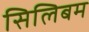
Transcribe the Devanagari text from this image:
सिलिबम